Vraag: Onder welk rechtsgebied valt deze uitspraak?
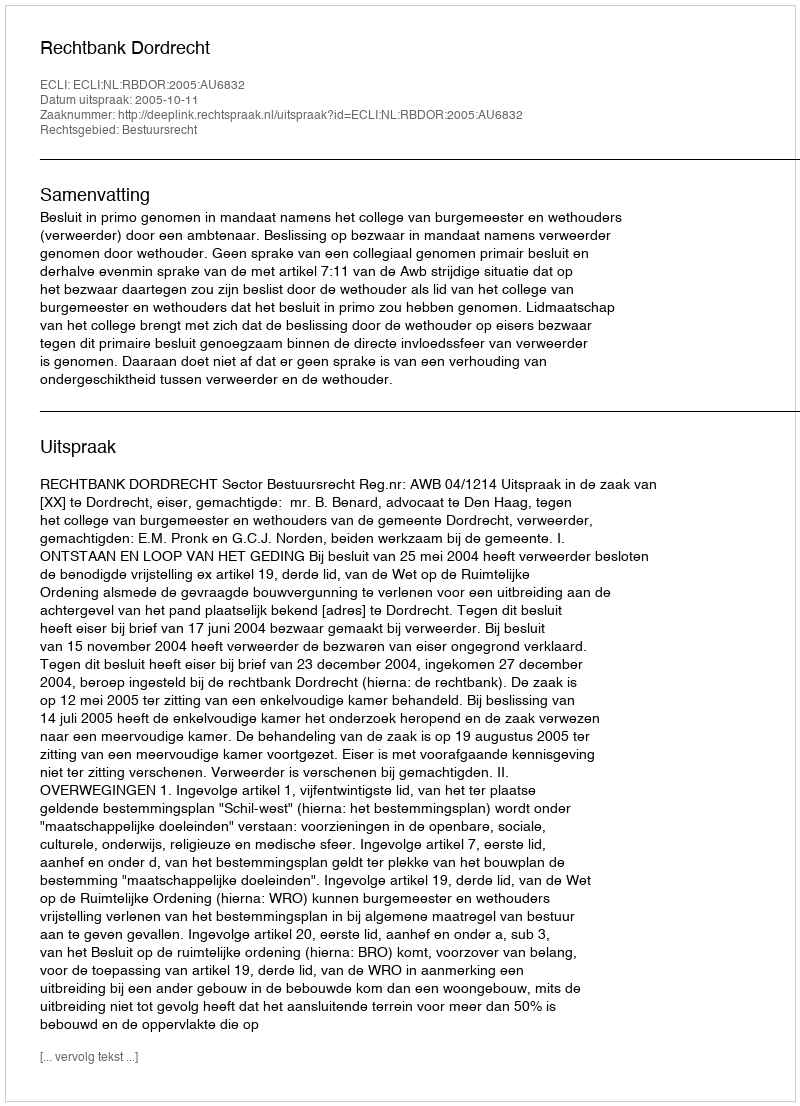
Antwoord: Bestuursrecht